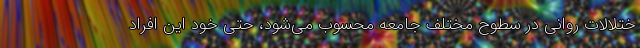
ختلالات روانی در سطوح مختلف جامعه محسوب می‌شود، حتی خود این افراد